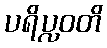
ပရိပ္လဝတိ